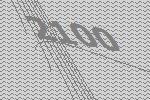
2100